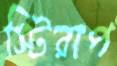
স্টিরাপ